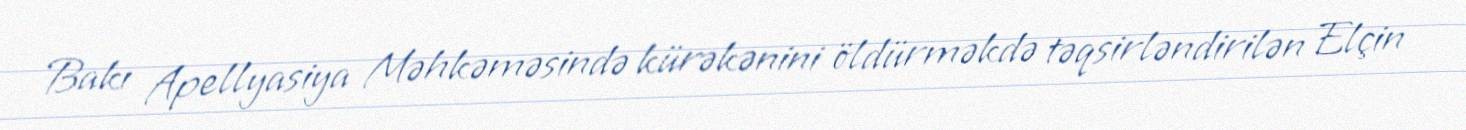
Bakı Apellyasiya Məhkəməsində kürəkənini öldürməkdə təqsirləndirilən Elçin